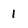
Character: 1